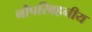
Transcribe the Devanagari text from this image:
नौपरिवहनीय